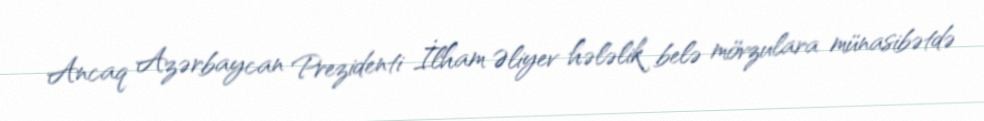
Ancaq Azərbaycan Prezidenti İlham Əliyev hələlik belə mövzulara münasibətdə